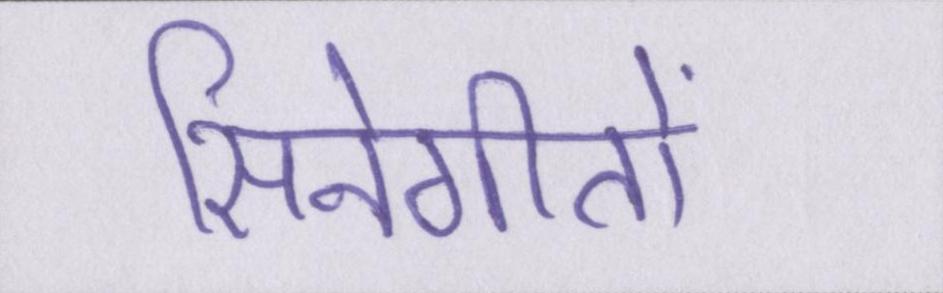
सिनेगीतों